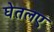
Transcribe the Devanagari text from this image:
घेतलए